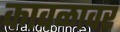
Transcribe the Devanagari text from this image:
कावळावर